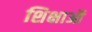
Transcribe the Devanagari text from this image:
शिक्षाऑ